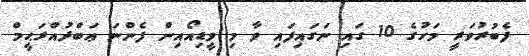
ފެބުރުވަރީ މަހުގެ 10 ގައި ނަގައިފައި ވާ މި ވީޑިއޯއިން ފެންނަ ޢަބްދުއްރަޙީމް